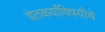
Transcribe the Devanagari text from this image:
शेतकर्यांविषयीचे